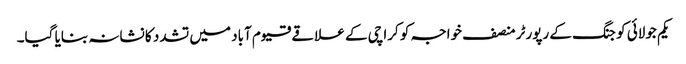
یکم جولائی کو جنگ کے رپورٹر منصف خواجہ کو کراچی کے علاقے قیوم آباد میں تشدد کا نشانہ بنایا گیا۔